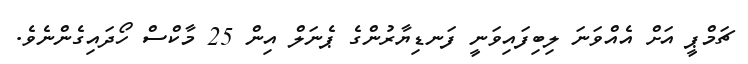
ޗަމްޕީ އަށް އެއްވަނަ ލިބިފައިވަނީ ފަނޑިޔާރުންގެ ޕެނަލް އިން 25 މާކްސް ހޯދައިގެންނެވެ.